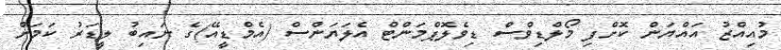
މުއިއްޒު އައްޔަން ކޮށްފި މޯލްޑިވްސް ޑިވެލޮޕްމަންޓް އެލަޔަންސް (އެމްޑީއޭ)ގެ ނައިބު ލީޑަރު ކަމަށް